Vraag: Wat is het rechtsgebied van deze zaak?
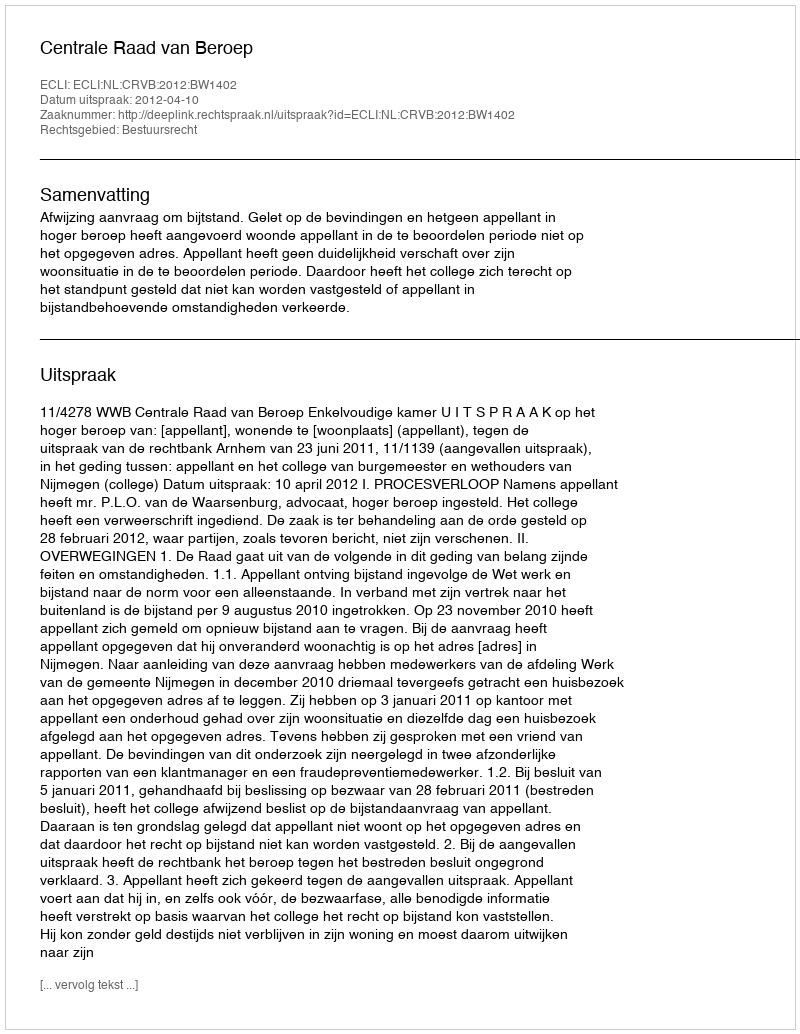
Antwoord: Bestuursrecht